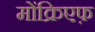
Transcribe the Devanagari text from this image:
मोंक्रिएफ़